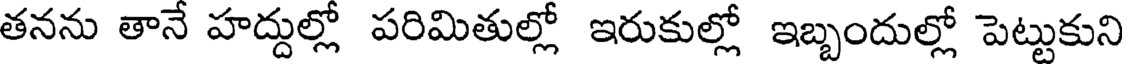
తనను తానే హద్దుల్లో పరిమితుల్లో ఇరుకుల్లో ఇబ్బందుల్లో పెట్టుకుని